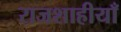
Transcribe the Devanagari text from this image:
राजशाहीयाँ